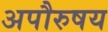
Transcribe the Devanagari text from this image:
अपौरुषय